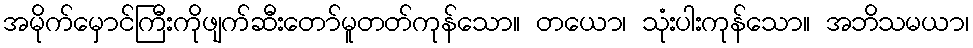
အမိုက်မှောင်ကြီးကိုဖျက်ဆီးတော်မူတတ်ကုန်သော။ တယော၊ သုံးပါးကုန်သော။ အဘိသမယာ၊